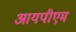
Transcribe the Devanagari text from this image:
आयपीएम